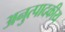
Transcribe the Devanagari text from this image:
अनुत्पादकीय